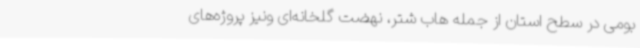
بومی در سطح استان از جمله هاب شتر، نهضت گلخانه‌ای ونیز پروژه‌های